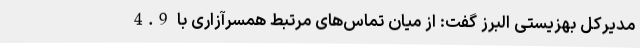
مدیرکل بهزیستی البرز گفت: از میان تماس‌های مرتبط همسرآزاری با 4.9